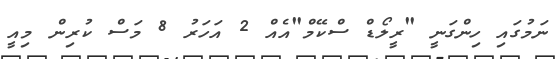
ނަމުގައި ހިންގަނީ "ރީލޯޑް ސްކޭމް"އެއް 2 އަހަރު 8 މަސް ކުރިން މިއީ